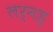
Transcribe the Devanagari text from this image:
लर्नड्